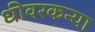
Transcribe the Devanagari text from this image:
धीवरकन्या